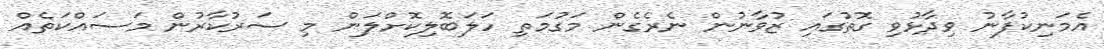
އެމަނިކުފާނު ވިދާޅުވި ގޮތުގައި ޒުވާނުން ނެރެގެން މަގުމަތި ހަލަބޮލިކޮށްލަން މި ސަރުކާރުން މަސައްކަތެއް